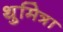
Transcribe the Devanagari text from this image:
थुमित्रा